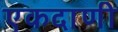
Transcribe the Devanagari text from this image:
एकदाणी